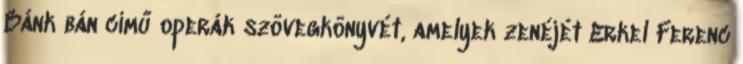
Bánk bán című operák szövegkönyvét, amelyek zenéjét Erkel Ferenc